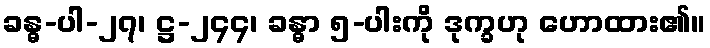
ခန္ဓ-ပါ-၂၇၊ ဋ္ဌ-၂၄၄၊ ခန္ဓာ ၅-ပါးကို ဒုက္ခဟု ဟောထား၏။